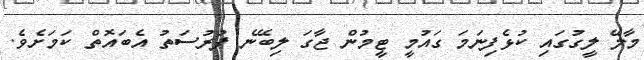
މާލޭ ލީގުގައި ކުޅެފިނަމަ ގައުމީ ޓީމުން ޖާގަ ލިބޭނެ ފުރުސަތު އެބައޮތް ކަމަށެވެ.